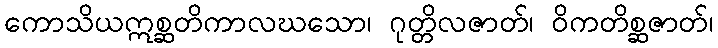
ကောသိယဣစ္ဆတိကာလဃသော၊ ဂုတ္တိလဇာတ်၊ ဝိကတိစ္ဆဇာတ်၊